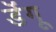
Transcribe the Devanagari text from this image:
डॆंगू